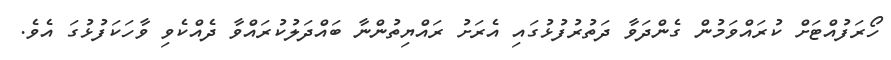
ހޯރަފުއްޓަށް ކުރައްވަމުން ގެންދަވާ ދަތުރުފުޅުގައި އެރަށު ރައްޔިތުންނާ ބައްދަލުކުރައްވާ ދެއްކެވި ވާހަކަފުޅުގަ އެވެ.